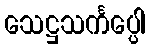
သေဋ္ဌသင်္ကပ္ပေါ